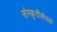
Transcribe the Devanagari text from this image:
संस्कृतीसंपर्क